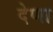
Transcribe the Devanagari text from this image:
देणा